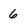
Character: 6